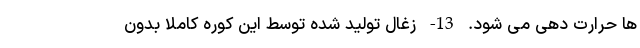
ها حرارت دهی می شود. 13- زغال تولید شده توسط این کوره کاملاً بدون